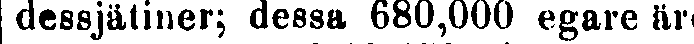
dessjätiner; dessa 680,000 egare är